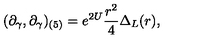
( \partial _ { \gamma } , \partial _ { \gamma } ) _ { ( 5 ) } = e ^ { 2 U } \frac { r ^ { 2 } } { 4 } \Delta _ { L } ( r ) ,